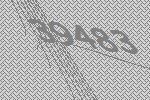
39483